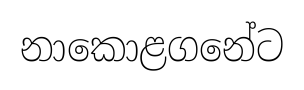
නාකොළගනේට